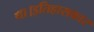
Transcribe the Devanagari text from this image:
था।इतिहासकार